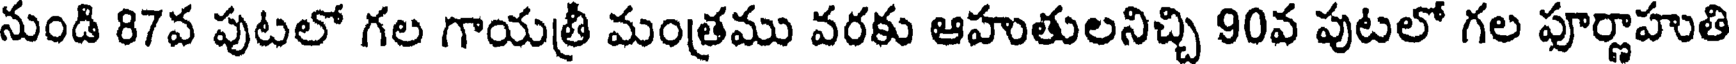
నుండి 87వ పుటలో గల గాయత్రీ మంత్రము వరకు ఆహుతులనిచ్చి 90వ పుటలో గల పూర్ణాహుతి